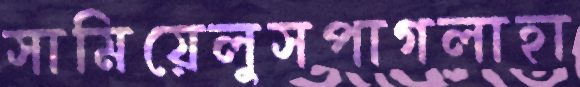
সামিয়েলুসপাগলাহা